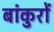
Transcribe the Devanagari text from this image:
बांकुरों